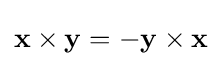
\mathbf {x} \times \mathbf {y} =-\mathbf {y} \times \mathbf {x}